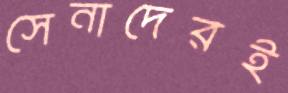
সেনাদেরই